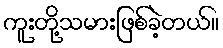
ကူးတို့သမားဖြစ်ခဲ့တယ်။